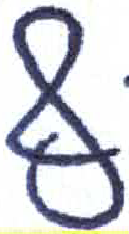
אות: ף